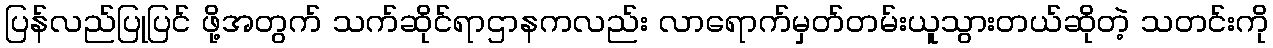
ပြန်လည်ပြုပြင် ဖို့အတွက် သက်ဆိုင်ရာဌာနကလည်း လာရောက်မှတ်တမ်းယူသွားတယ်ဆိုတဲ့ သတင်းကို